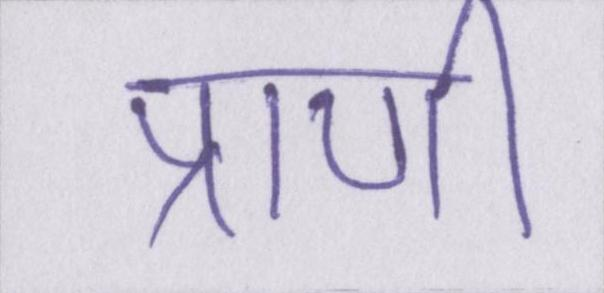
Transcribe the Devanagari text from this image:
प्राणी